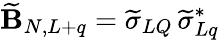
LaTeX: \widetilde{\mathbf B}_{N,L+q}=\widetilde\sigma_{LQ}\, \widetilde\sigma_{Lq}^{*}